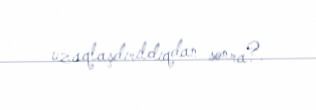
uzaqlaşdırıldıqdan sonra?.